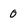
Character: 0